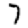
Digit: 7